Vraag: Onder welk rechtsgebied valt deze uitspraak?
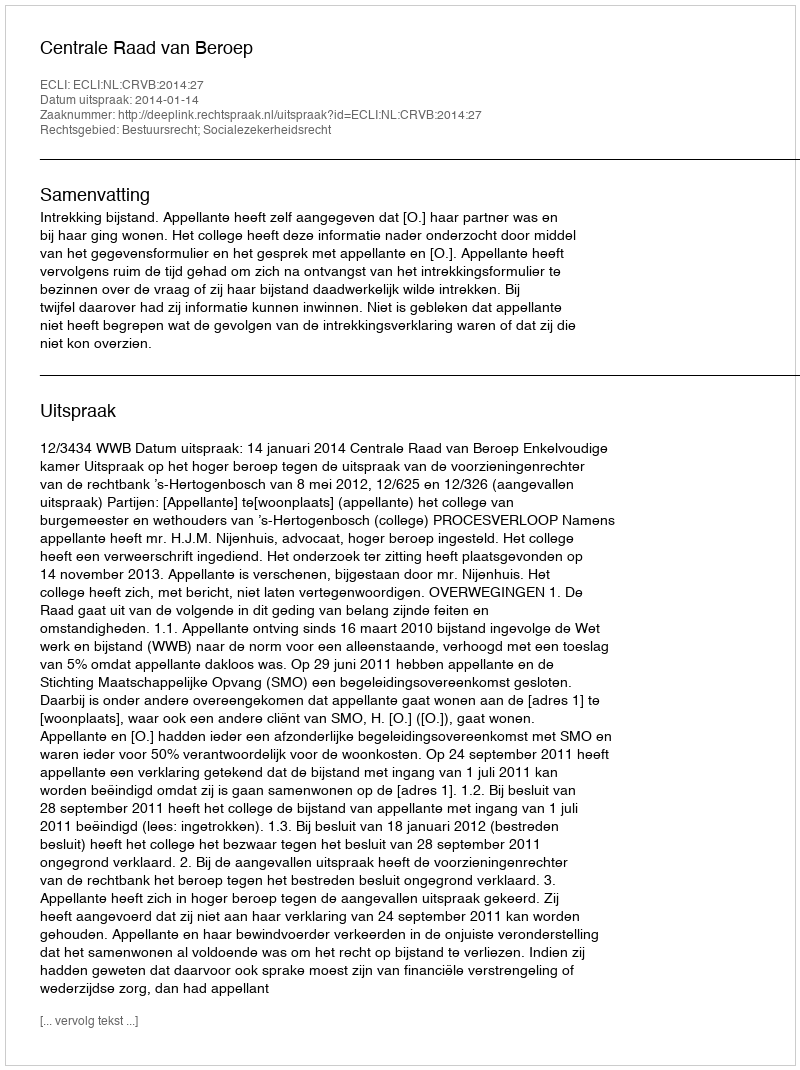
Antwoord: Bestuursrecht; Socialezekerheidsrecht